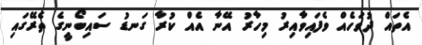
އެތައް ދުވަހެއް ވެފައިވާއިރު މިހާރު އޭނާ އެއް ކުރާ ގަނޑު ސައިބޯނީގެ ތެރޭގައި